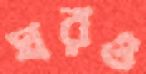
ঘরও